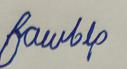
Signature authenticity: forged